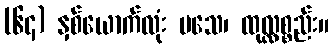
(၆၄) နှစ်ယောက်လုံး မသေ၊ ထုလ္လစ္စည်း။